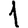
Digit: 1